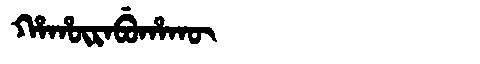
Manchu: ᡥᠠᡥᡡᡵᠠᠪᡠᡥᠠᡴᡡ
Romanization: HAHŪRABUHAKŪ